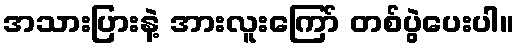
အသားပြားနဲ့ အားလူးကြော် တစ်ပွဲပေးပါ။